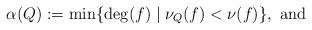
LaTeX: \begin{align*}\alpha(Q):=\min\{\deg(f)\mid \nu_Q(f)< \nu(f)\}, \mbox{ and }\end{align*}